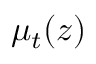
\mu _ { t } ( z )